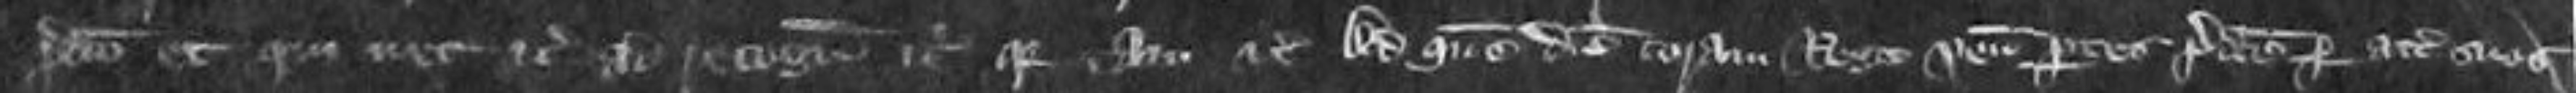
predicto etc qui nec etc ad recognoscendum etc quia tam etc Ad quem diem coram Rege veniunt partes predictos per attornatos suos